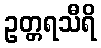
ဥတ္တရသီရိ